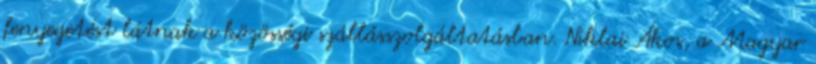
fenyegetést látnak a közösségi szállásszolgáltatásban. Niklai Ákos, a Magyar